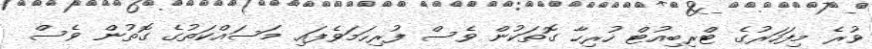
ވުރެ މިފަހަރުގެ ޓްރިބިއުޓް ހުރިހާ ގޮތަކުން ވެސް ފުރިހަމަވެފައި މަސައްކަތުގެ ގޮތުން ވެސް